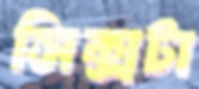
সিক্সটা